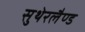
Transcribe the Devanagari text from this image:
सुथेरलैण्ड